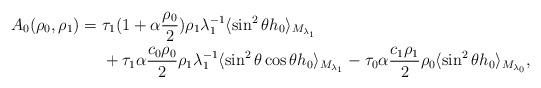
LaTeX: \begin{align*} A_{0}(\rho_0,\rho_1) =\ & \tau_1(1+\alpha\frac{\rho_0}{2})\rho_1\lambda_1^{-1}\langle\sin^2\theta h_0\rangle_{M_{\lambda_1}}\\ &+ \tau_1\alpha \frac{c_0\rho_0}{2}\rho_1\lambda_1^{-1}\langle\sin^2\theta\cos\theta h_0\rangle_{M_{\lambda_1}} - \tau_0\alpha \frac{c_1\rho_1}{2}\rho_0\langle\sin^2\theta h_0\rangle_{M_{\lambda_0}},\end{align*}